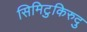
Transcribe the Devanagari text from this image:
सिमिटुकिरुदु